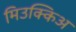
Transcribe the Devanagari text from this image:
मिउक्किअ